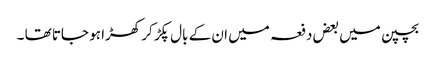
بچپن میں بعض دفعہ میں ان کے بال پکڑ کر کھڑا ہو جاتا تھا ۔